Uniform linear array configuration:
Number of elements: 4
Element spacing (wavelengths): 1
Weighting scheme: uniform
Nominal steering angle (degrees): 45
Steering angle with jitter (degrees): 46.698
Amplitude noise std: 0.05
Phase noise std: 0.05

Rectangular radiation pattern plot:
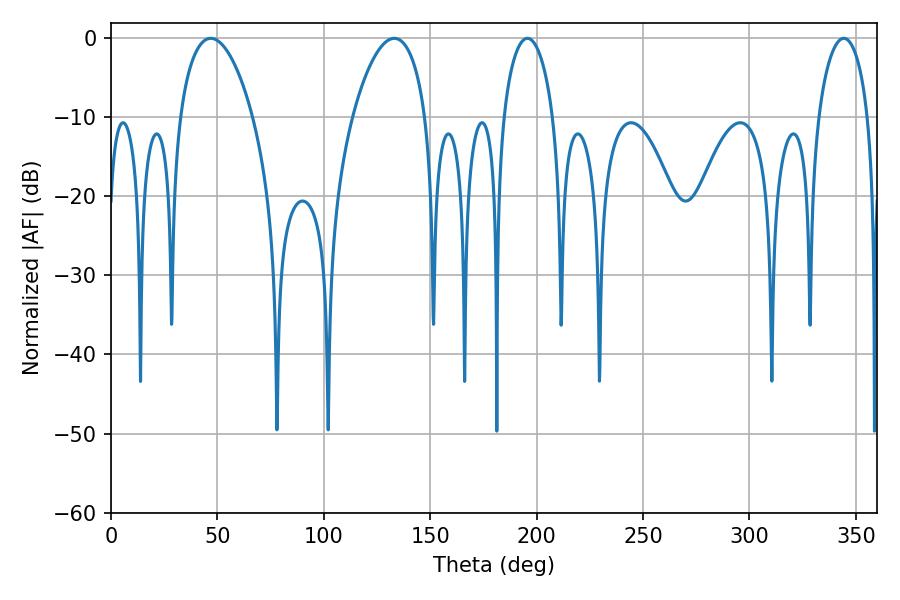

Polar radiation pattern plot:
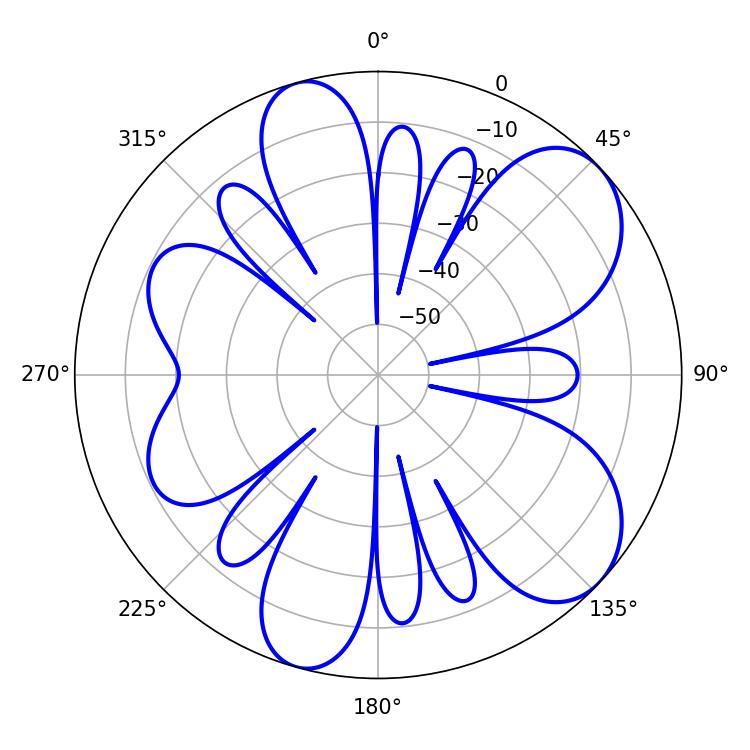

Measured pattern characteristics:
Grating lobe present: TRUE
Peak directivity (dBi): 7.741
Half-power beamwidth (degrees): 13.5
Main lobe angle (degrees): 195.66